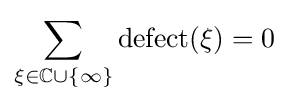
\sum _{\xi \in \mathbb {C} \cup \{\infty \}}\operatorname {defect} (\xi )=0